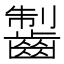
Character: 𪘥